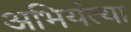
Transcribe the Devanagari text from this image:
अभियंत्या